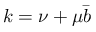
k = \nu + \mu \bar { b }